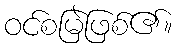
ဝင်စမြဲဖြစ်၏။